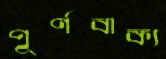
পূর্ণবাক্য